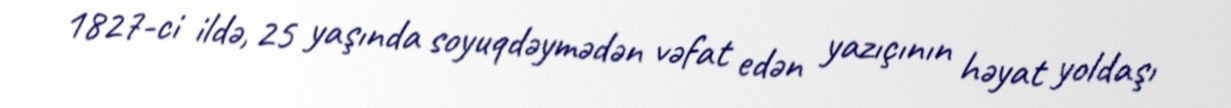
1827-ci ildə, 25 yaşında soyuqdəymədən vəfat edən yazıçının həyat yoldaşı